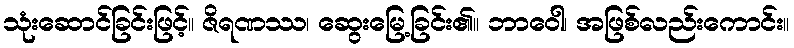
သုံးဆောင်ခြင်းဖြင့်။ ဇိရဏဿ၊ ဆွေးမြေ့ခြင်း၏။ ဘာဝေါ၊ အဖြစ်လည်းကောင်း။